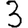
Digit: 3